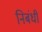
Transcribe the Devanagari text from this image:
निबंधी